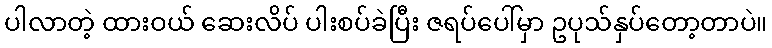
ပါလာတဲ့ ထားဝယ် ဆေးလိပ် ပါးစပ်ခဲပြီး ဇရပ်ပေါ်မှာ ဥပုသ်နှပ်တော့တာပဲ။